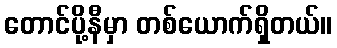
တောင်ပို့နီမှာ တစ်ယောက်ရှိတယ်။